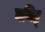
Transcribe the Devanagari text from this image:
घनिष्ट्